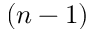
( n - 1 )